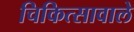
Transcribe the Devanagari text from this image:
चिकित्सावाले